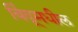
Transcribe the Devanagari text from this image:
बिंदूमधील